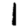
Digit: 1